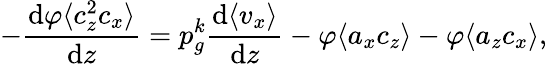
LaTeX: -\frac{\mathrm{d}\varphi\langle c_{z}^{2}c_{x}\rangle}{\mathrm{d}z}=p_{g}^{k}\frac{\mathrm{d}\langle v_{x}\rangle}{\mathrm{d}z}-\varphi\langle a_{x}c_{z}\rangle-\varphi\langle a_{z}c_{x}\rangle,